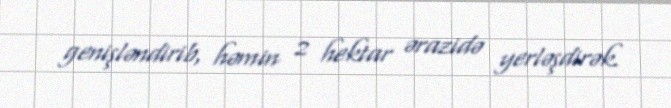
genişləndirib, həmin 2 hektar ərazidə yerləşdirək.